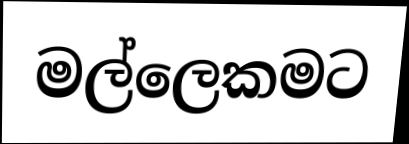
මල්ලෙකමට